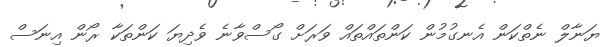
ޔަނާލް ނެތްކަން އެނގުމުން ކަންތައްތައް ވަރަށް ގޯސްވާނެ ވެދިޔަ ކަންތަކާ ރޯން އިނަސް